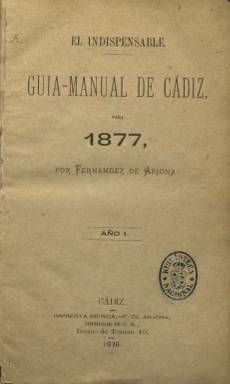
Título: Guía-manual de Cádiz
Otros títulos: Guía manual de Cádiz || Indispensable
Colección: Guías y directorios
Ámbito geográfico: Cádiz
Lugar de publicación: Cádiz
Fechas: 01/01/1877-31/12/1878

En la Imprenta Ibérica de Fernández de Arjona se editó esta guía de Cádiz para el año 1877 y se reimprimió al año siguiente ampliándose la sección de profesiones y establecimientos debido a la buena acogida que obtuvo.

   La guía respondió al propósito que expresaba en su primera página: “Lo que Cádiz necesitaba, lo que reclamaba con urgencia, era una Guía-manual que reuniese a un módico precio todo lo puramente preciso bien ordenado en forma que,  a primera vista, pueda encontrarse en ella cuantas noticias de personas o cosas útiles puedan desearse”.

   La publicación informa que vivían en la ciudad ese año 15.653 vecinos (57.020 habitantes) y prácticamente, por orden alfabético, se da el nombre y ocupación de cada uno de ellos, con lo que a cualquier gaditano de nuestros días que rastree sus orígenes no le será difícil encontrar en esta guía a sus tatarabuelos y saber cómo se ganaban la vida.

   Gracias a su situación geográfica privilegiada y a haber sido puerto principal de comercio con la América hispana, Cádiz fue una de las primeras ciudades burguesas de España y así queda reflejado en la ocupación de sus habitantes, muchos de ellos dedicados a la industria y al comercio.

   Naturalmente, en el bosquejo histórico que recoge la guía se hace referencia a que fue aquí donde se reunieron Las Cortes, en 1812, para aprobar la primera Constitución española. Como dato curioso se informa de las bombas que, desde 1810 y durante 30 meses,  arrojaron las tropas francesas sobre la ciudad con la intención de conquistarla.  Es una cifra exacta, como si hubieran sido contadas: 15.521 bombas.  Una canción popular que ha llegado hasta nuestros días surgió de ese asedio: “Con las bombas que tiran los fanfarrones, se hacen las gaditanas tirabuzones...”

   La guía menciona todos los lugares de interés del Cádiz de la época:  catedral, parroquias, puerto, muelles, castillos, cuarteles, academias, bibliotecas, escuelas, hospitales, casa de expósitos, asilo infantil, aduana, fábrica de tabacos, teatros, plaza de toros, hipódromo, baños. Como curiosidad en lo que respecta a los baños públicos, se informa de que en las playas de la Caleta y de los Corrales mujeres y hombres disponen de diferentes horarios para bañarse.

   También se recogen en esta exhaustiva guía servicios, horarios y tarifas de correos, telégrafos, ferrocarril, diligencias y los vapores que partiendo de Génova se dirigían a Argentina y Uruguay haciendo escala en Cádiz, lo que convertía a la ciudad en uno de los principales puertos de salida de emigrantes hacia América.

[Descripción publicada el 14/6/2018]